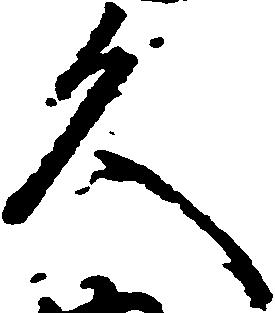
久